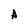
Character: A